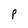
Character: P